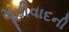
મૂડીવાદની